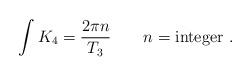
LaTeX: \begin{align*}\int K_4={2\pi n\over T_3}\qquad n={\rm integer}\ .\end{align*}